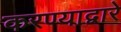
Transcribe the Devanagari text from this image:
करण्याद्वारे